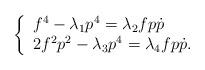
LaTeX: \begin{align*}\left\{ \begin{array}{l}f^{4}-\lambda _{1}p^{4}=\lambda _{2}fp\dot{p} \\ 2f^{2}p^{2}-\lambda _{3}p^{4}=\lambda _{4}fp\dot{p}.\end{array}\right. \end{align*}